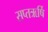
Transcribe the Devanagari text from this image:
सप्तऋर्षि